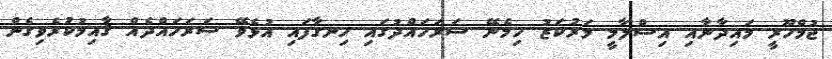
ޖުމްހޫރީ މައިދާނާއި އިސްލާމީ މަރުކަޒު ހިމެނޭ ސަރަހައްދުގައި ހިނގާފައި އުޅެވޭ ސަރަހައްދެއް ޤާއިމުކުރެވިގެން